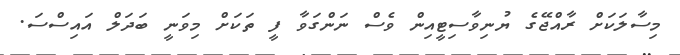
މިސާލަކަށް ރާއްޖޭގެ ޔުނިވާސިޓީއިން ވެސް ނަންގަވާ ފީ ތަކަށް މިވަނީ ބަދަލް އައިސްސަ.